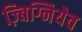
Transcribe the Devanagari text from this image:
ज़्बिग्नियेव